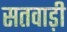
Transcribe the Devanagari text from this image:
सतवाड़ी